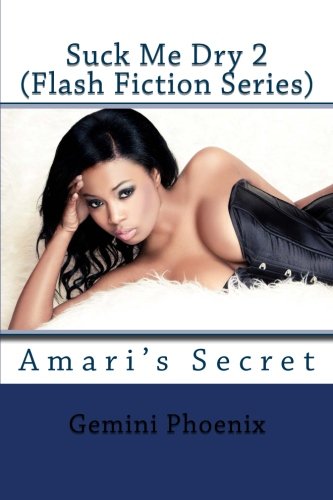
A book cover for Suck Me Dry 2: Amari's Secret (Erotic Flash Fiction) (Volume 2); Gemini Phoenix; Romance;